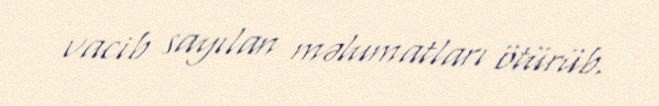
vacib sayılan məlumatları ötürüb.